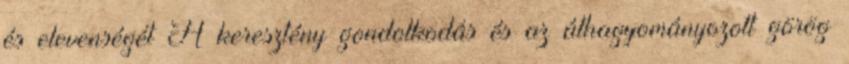
és elevenségét A keresztény gondolkodás és az áthagyományozott görög